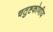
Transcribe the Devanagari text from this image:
चतुष्टकोणीय